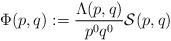
LaTeX: \begin{align*} \Phi(p,q):=\frac{\Lambda(p,q)}{p^0q^0}\mathcal{S}(p,q)\end{align*}